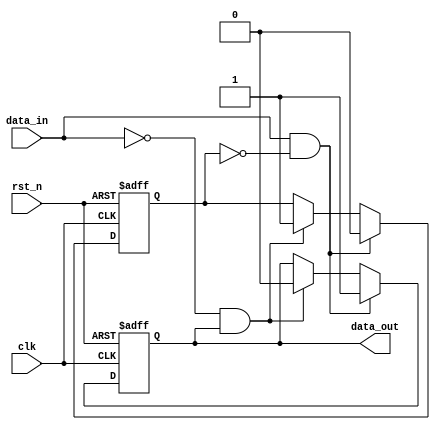
module schmitt_trigger (
    input wire clk,
    input wire rst_n,
    input wire data_in,
    output reg data_out
);

reg Q_bar, Q;

always @(posedge clk, negedge rst_n) begin
    if (~rst_n) begin
        Q <= 1'b0;
        Q_bar <= 1'b1;
    end else begin
        if (data_in && ~Q_bar) begin
            Q <= 1'b1;
            Q_bar <= 1'b0;
        end else if (!data_in && Q) begin
            Q <= 1'b0;
            Q_bar <= 1'b1;
        end
    end
end

assign data_out = Q;

endmodule